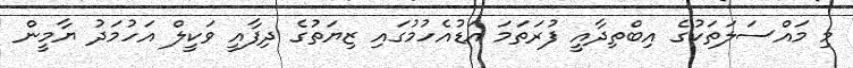
މި މައްސަލަތަކުގެ އިބްތިދާއީ ފުރަތަމަ އަޑުއެހުމުގައި ޒިޔަތުގެ ދިފާއީ ވަކީލް އަހުމަދު ޔާމީން